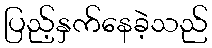
ပြည့်နှက်နေခဲ့သည်